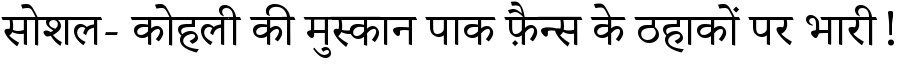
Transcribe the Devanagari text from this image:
सोशल- कोहली की मुस्कान पाक फ़ैन्स के ठहाकों पर भारी!